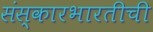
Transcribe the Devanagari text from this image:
संस्कारभारतीची